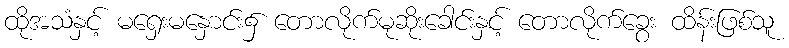
ထိုအသံနှင့် မရှေးမနှောင်း၌ တောလိုက်မုဆိုးခေါင်းနှင့် တောလိုက်ခွေး ထိန်းဖြစ်သူ